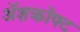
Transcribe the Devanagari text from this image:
ॲशक्रॉफ्ट